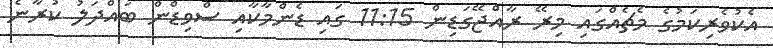
އެކުވެރިކަމުގެ މެޗެއްގައި މިރޭ ރާއްޖޭގަޑިން 11:15 ގައި ޑެންމާކާއި ސްވިޑްން ބައްދަލު ކުރާނެ